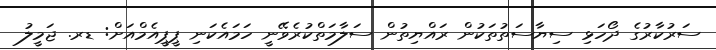
ސަރުކާރުގެ ދޯހަޅި ސިޔާސަތުތަކުން ރައްޔިތުން ސަލާމަތްކުރެވޭނީ ހަމައެކަނި ޕީޕީއެމްއަށް: ޑރ. ޖަމީލު